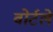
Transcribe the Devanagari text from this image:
वोर्टले